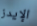
الإيدز